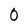
Character: 0